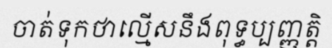
ចាត់ទុកថាល្មើសនឹងពុទ្ធប្បញ្ញត្តិ